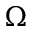
\Omega